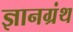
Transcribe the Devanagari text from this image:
ज्ञानग्रंथ